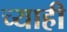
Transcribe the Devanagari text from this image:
च्याही